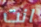
انت